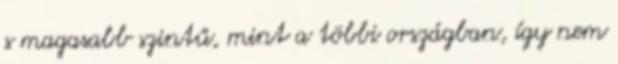
s magasabb szintű, mint a többi országban, így nem